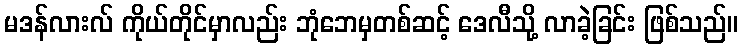
မဒန်လားလ် ကိုယ်တိုင်မှာလည်း ဘုံဘေမှတစ်ဆင့် ဒေလီသို့ လာခဲ့ခြင်း ဖြစ်သည်။